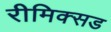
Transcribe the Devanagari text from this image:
रीमिक्सड